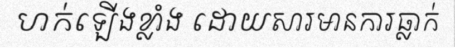
ហក់ឡើងខ្លាំង ដោយសារមានការធ្លាក់